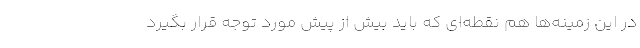
در این زمینه‌ها هم نقطه‌ای که باید بیش از پیش مورد توجه قرار بگیرد